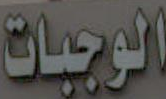
الوجبات